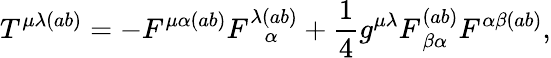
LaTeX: T^{\mu\lambda(ab)}=-F^{\mu\alpha(ab)}F_{\, \, \, \, \alpha}^{\lambda(ab)}+\frac{1}{4}g^{\mu\lambda}F_{\, \beta\alpha}^{(ab)}F^{\alpha\beta(ab)},